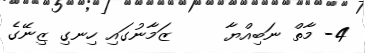
4- މާތް ނަބިއްޔާ     ޒަމާނުގައި ހިނގި ޒިނޭގެ